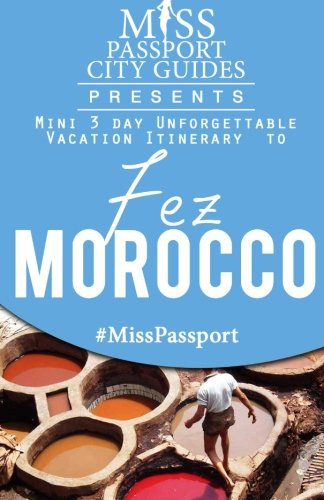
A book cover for Miss Passport City Guides Presents:  Mini 3 day Unforgettable Vacation Itinerary to Fez, Morocco (Miss Passport Travel Guides Book); Sharon Bell; Travel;